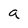
Character: a